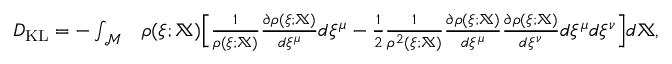
\begin{array} { r l } { D _ { \mathrm { K L } } = - \int _ { \mathcal { M } } } & { \rho ( \xi ; \mathbb { X } ) \Big [ \frac { 1 } { \rho ( \xi ; \mathbb { X } ) } \frac { \partial \rho ( \xi ; \mathbb { X } ) } { d \xi ^ { \mu } } d \xi ^ { \mu } - \frac { 1 } { 2 } \frac { 1 } { \rho ^ { 2 } ( \xi ; \mathbb { X } ) } \frac { \partial \rho ( \xi ; \mathbb { X } ) } { d \xi ^ { \mu } } \frac { \partial \rho ( \xi ; \mathbb { X } ) } { d \xi ^ { \nu } } d \xi ^ { \mu } d \xi ^ { \nu } \Big ] d \mathbb { X } , } \end{array}